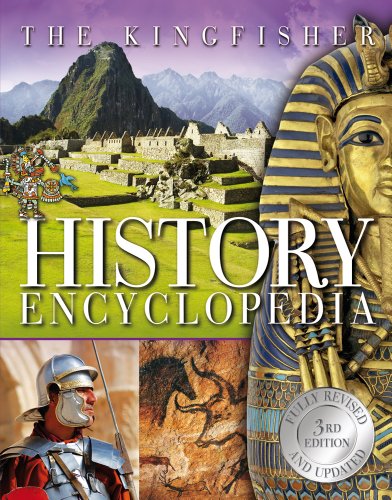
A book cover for The Kingfisher History Encyclopedia (Kingfisher Encyclopedias); Editors of Kingfisher; Reference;